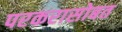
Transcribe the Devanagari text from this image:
परकरासोबत